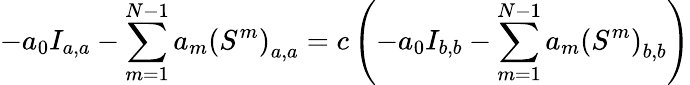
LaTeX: -a_{0}I_{a,a}-\sum_{m=1}^{N-1}a_{m}\left(S^{m}\right)_{a,a}=c\left(-a_{0}I_{b,b}-\sum_{m=1}^{N-1}a_{m}\left(S^{m}\right)_{b,b}\right)